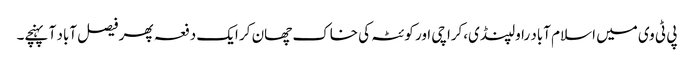
پی ٹی وی میں اسلام آباد راولپنڈی،کراچی اور کوئٹہ کی خاک چھان کر ایک دفعہ پھر فیصل آباد آ پہنچے۔